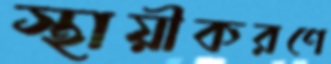
স্থায়ীকরণে